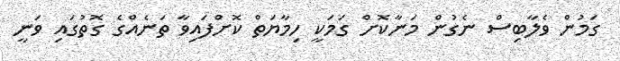
ގަމުން ވެލާބިސް ނެގުން މަނާކޮށް ގަމަކީ ހިމާޔަތް ކޮށްފައިވާ ތަނެއްގެ ގޮތުގައި ވަނީ